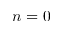
n = 0